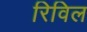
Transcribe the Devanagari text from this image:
रिविल